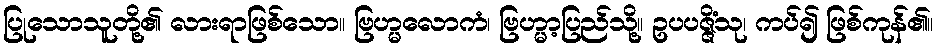
ပြုသောသူတို့၏ လားရာဖြစ်သော။ ဗြဟ္မလောကံ၊ ဗြဟ္မာ့ပြည်သို့။ ဥပပဇ္ဇိံသု၊ ကပ်၍ ဖြစ်ကုန်၏။